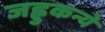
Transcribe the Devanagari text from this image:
जह्नुकन्ये